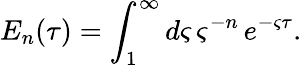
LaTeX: E_{n}(\tau)=\int_{1}^{\infty}d\varsigma\, \varsigma^{-n}\, e^{-\varsigma\tau}.